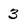
Character: 3